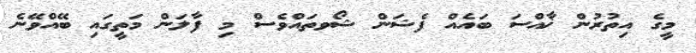
މީގެ އިތުރުން ޚާއްސަ ބައެއް ފެޝަން ޝޯވތައްވެސް މި ފާލަން މަތީގައި ބޭއްވޭނެ